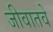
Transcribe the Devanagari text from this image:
जीवातवे